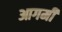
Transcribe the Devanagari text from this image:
आगमी